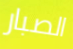
الصبار